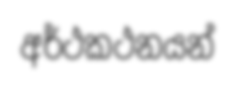
අර්ථකථනයන්